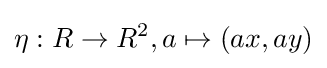
\eta :R\to R^{2},a\mapsto (ax,ay)